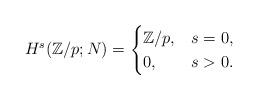
LaTeX: \begin{align*}H^{s}(\mathbb{Z}/p;N)=\begin{cases}\mathbb{Z}/p, & s=0,\\0,& s>0. \end{cases}\end{align*}